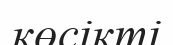
көсікті